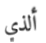
ألذي